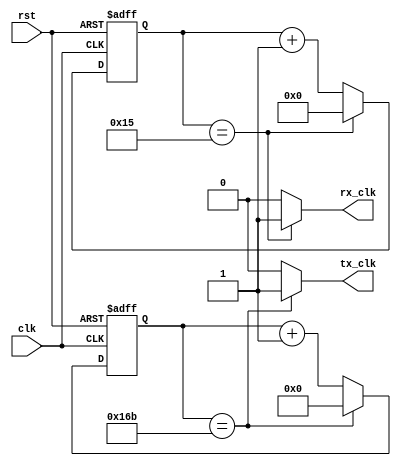
`default_nettype none

module uart_baud_gen #(
	parameter	CLOCK_RATE	= 42000000,	/* Def. 42MHz */
	parameter	BAUD_RATE	= 115200	/* Def. 115200 */
) (
	input wire		clk,			/* Input clock @CLOCK_RATE */
	input wire		rst,			/* Async reset signal */
	output wire		rx_clk,			/* RX clock @16xBAUD_RATE */
	output wire		tx_clk			/* TX clock @BAUD_RATE */
);
	localparam MAX_RATE_RX = CLOCK_RATE / (BAUD_RATE * 16);
	localparam MAX_RATE_TX = CLOCK_RATE / (BAUD_RATE);
	localparam RX_CNT_WDTH = $clog2(MAX_RATE_RX);
	localparam TX_CNT_WDTH = $clog2(MAX_RATE_TX);


	reg [RX_CNT_WDTH - 1:0] rx_counter = 0;
	reg [TX_CNT_WDTH - 1:0] tx_counter = 0;

	always @(posedge clk or posedge rst) begin
		if (rst) begin
			rx_counter = 0;
			tx_counter = 0;
		end else begin
			rx_counter <= (rx_counter == MAX_RATE_RX - 1) ? 0 : rx_counter + 1;
			tx_counter <= (tx_counter == MAX_RATE_TX - 1) ? 0 : tx_counter + 1;
		end
	end

	assign rx_clk = (rx_counter == MAX_RATE_RX - 1) ? 1'b1 : 1'b0;
	assign tx_clk = (tx_counter == MAX_RATE_TX - 1) ? 1'b1 : 1'b0;
	
endmodule